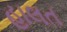
હાલત